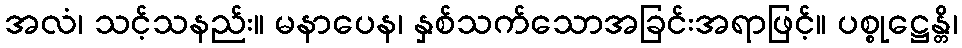
အလံ၊ သင့်သနည်း။ မနာပေန၊ နှစ်သက်သောအခြင်းအရာဖြင့်။ ပစ္စုဋ္ဌေန္တိ၊